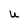
Character: U